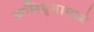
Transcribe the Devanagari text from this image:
कलियुगामध्ये